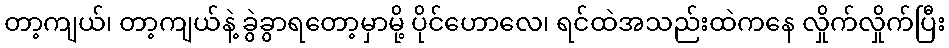
တာ့ကျယ်၊ တာ့ကျယ်နဲ့ ခွဲခွာရတော့မှာမို့ ပိုင်ဟောလေ၊ ရင်ထဲအသည်းထဲကနေ လှိုက်လှိုက်ပြီး